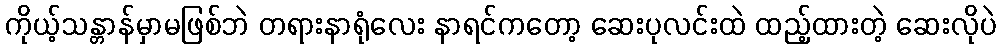
ကိုယ့်သန္တာန်မှာမဖြစ်ဘဲ တရားနာရုံလေး နာရင်ကတော့ ဆေးပုလင်းထဲ ထည့်ထားတဲ့ ဆေးလိုပဲ